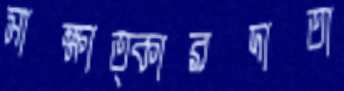
সাক্ষাত্কারদাতা